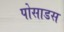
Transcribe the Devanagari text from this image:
पोसाडस